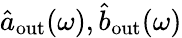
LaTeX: \hat{a}_{\mathrm{out}}(\omega),\hat{b}_{\mathrm{out}}(\omega)